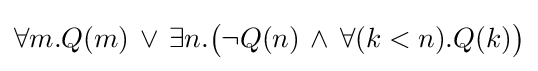
\forall m.Q(m)\,\lor \,\exists n.{\big (}\neg Q(n)\,\land \,\forall (k<n).Q(k){\big )}